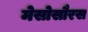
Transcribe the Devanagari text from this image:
मेसोसौरस